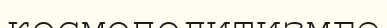
космополитизмге